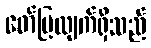
ဖော်ပြလျက်ရှိသည်